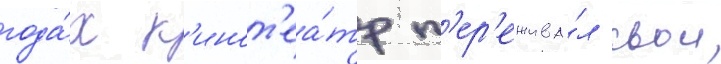
года́х к'инот'еа́тр п'ер'ежива́л свои